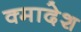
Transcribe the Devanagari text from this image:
क्मादेश